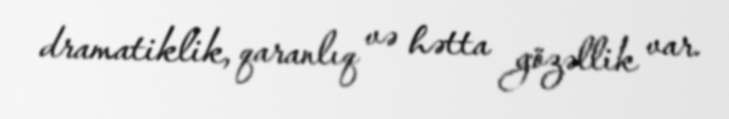
dramatiklik, qaranlıq və hətta gözəllik var.